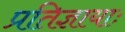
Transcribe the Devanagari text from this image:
प्रतिज्ञायाः